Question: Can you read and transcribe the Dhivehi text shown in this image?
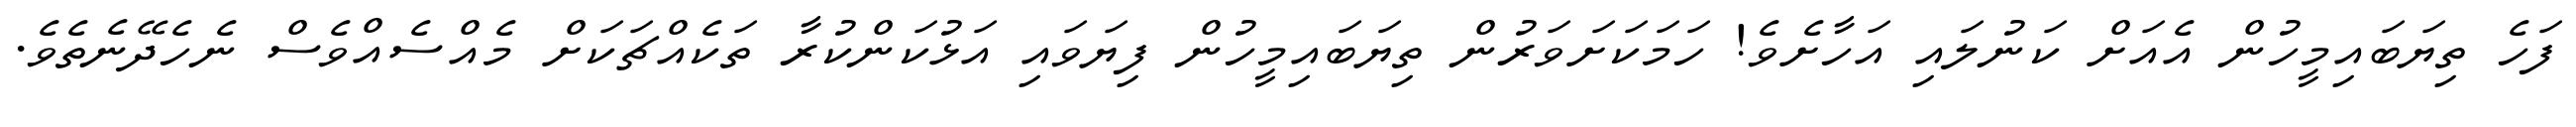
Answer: ފަހެ ތިޔަބައިމީހުން އެއަށް ކަނުލައި އަހާށެވެ! ހަމަކަށަވަރުން ތިޔަބައިމީހުން ފިޔަވައި އަޅުކަންކުރާ ތަކެއްޗަކަށް މެއްސެއްވެސް ނެހެދޭނެތެވެ.